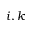
i , k